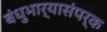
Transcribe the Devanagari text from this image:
बंधुभार्यासंपर्क